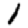
Digit: 1